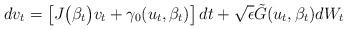
LaTeX: \begin{align*}dv_t=\left [J\big(\beta_t\big)v_t + \gamma_0(u_t,\beta_t)\right ]dt + \sqrt{\epsilon} \tilde{G}(u_t,\beta_t)dW_t \end{align*}